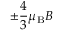
\pm { \frac { 4 } { 3 } } \mu _ { \mathrm { { B } } } B